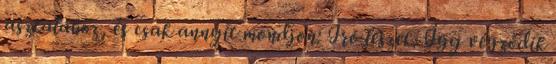
asztalához, és csak annyit mondjon: Író leszek. Így végződik